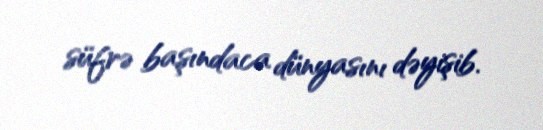
süfrə başındaca dünyasını dəyişib.